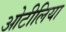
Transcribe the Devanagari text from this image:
ओटीलिया